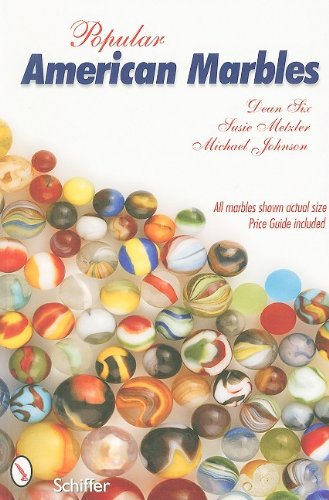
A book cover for Popular American Marbles; Dean Six; Crafts, Hobbies & Home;